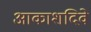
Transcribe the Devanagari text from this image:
आकाशदिवे